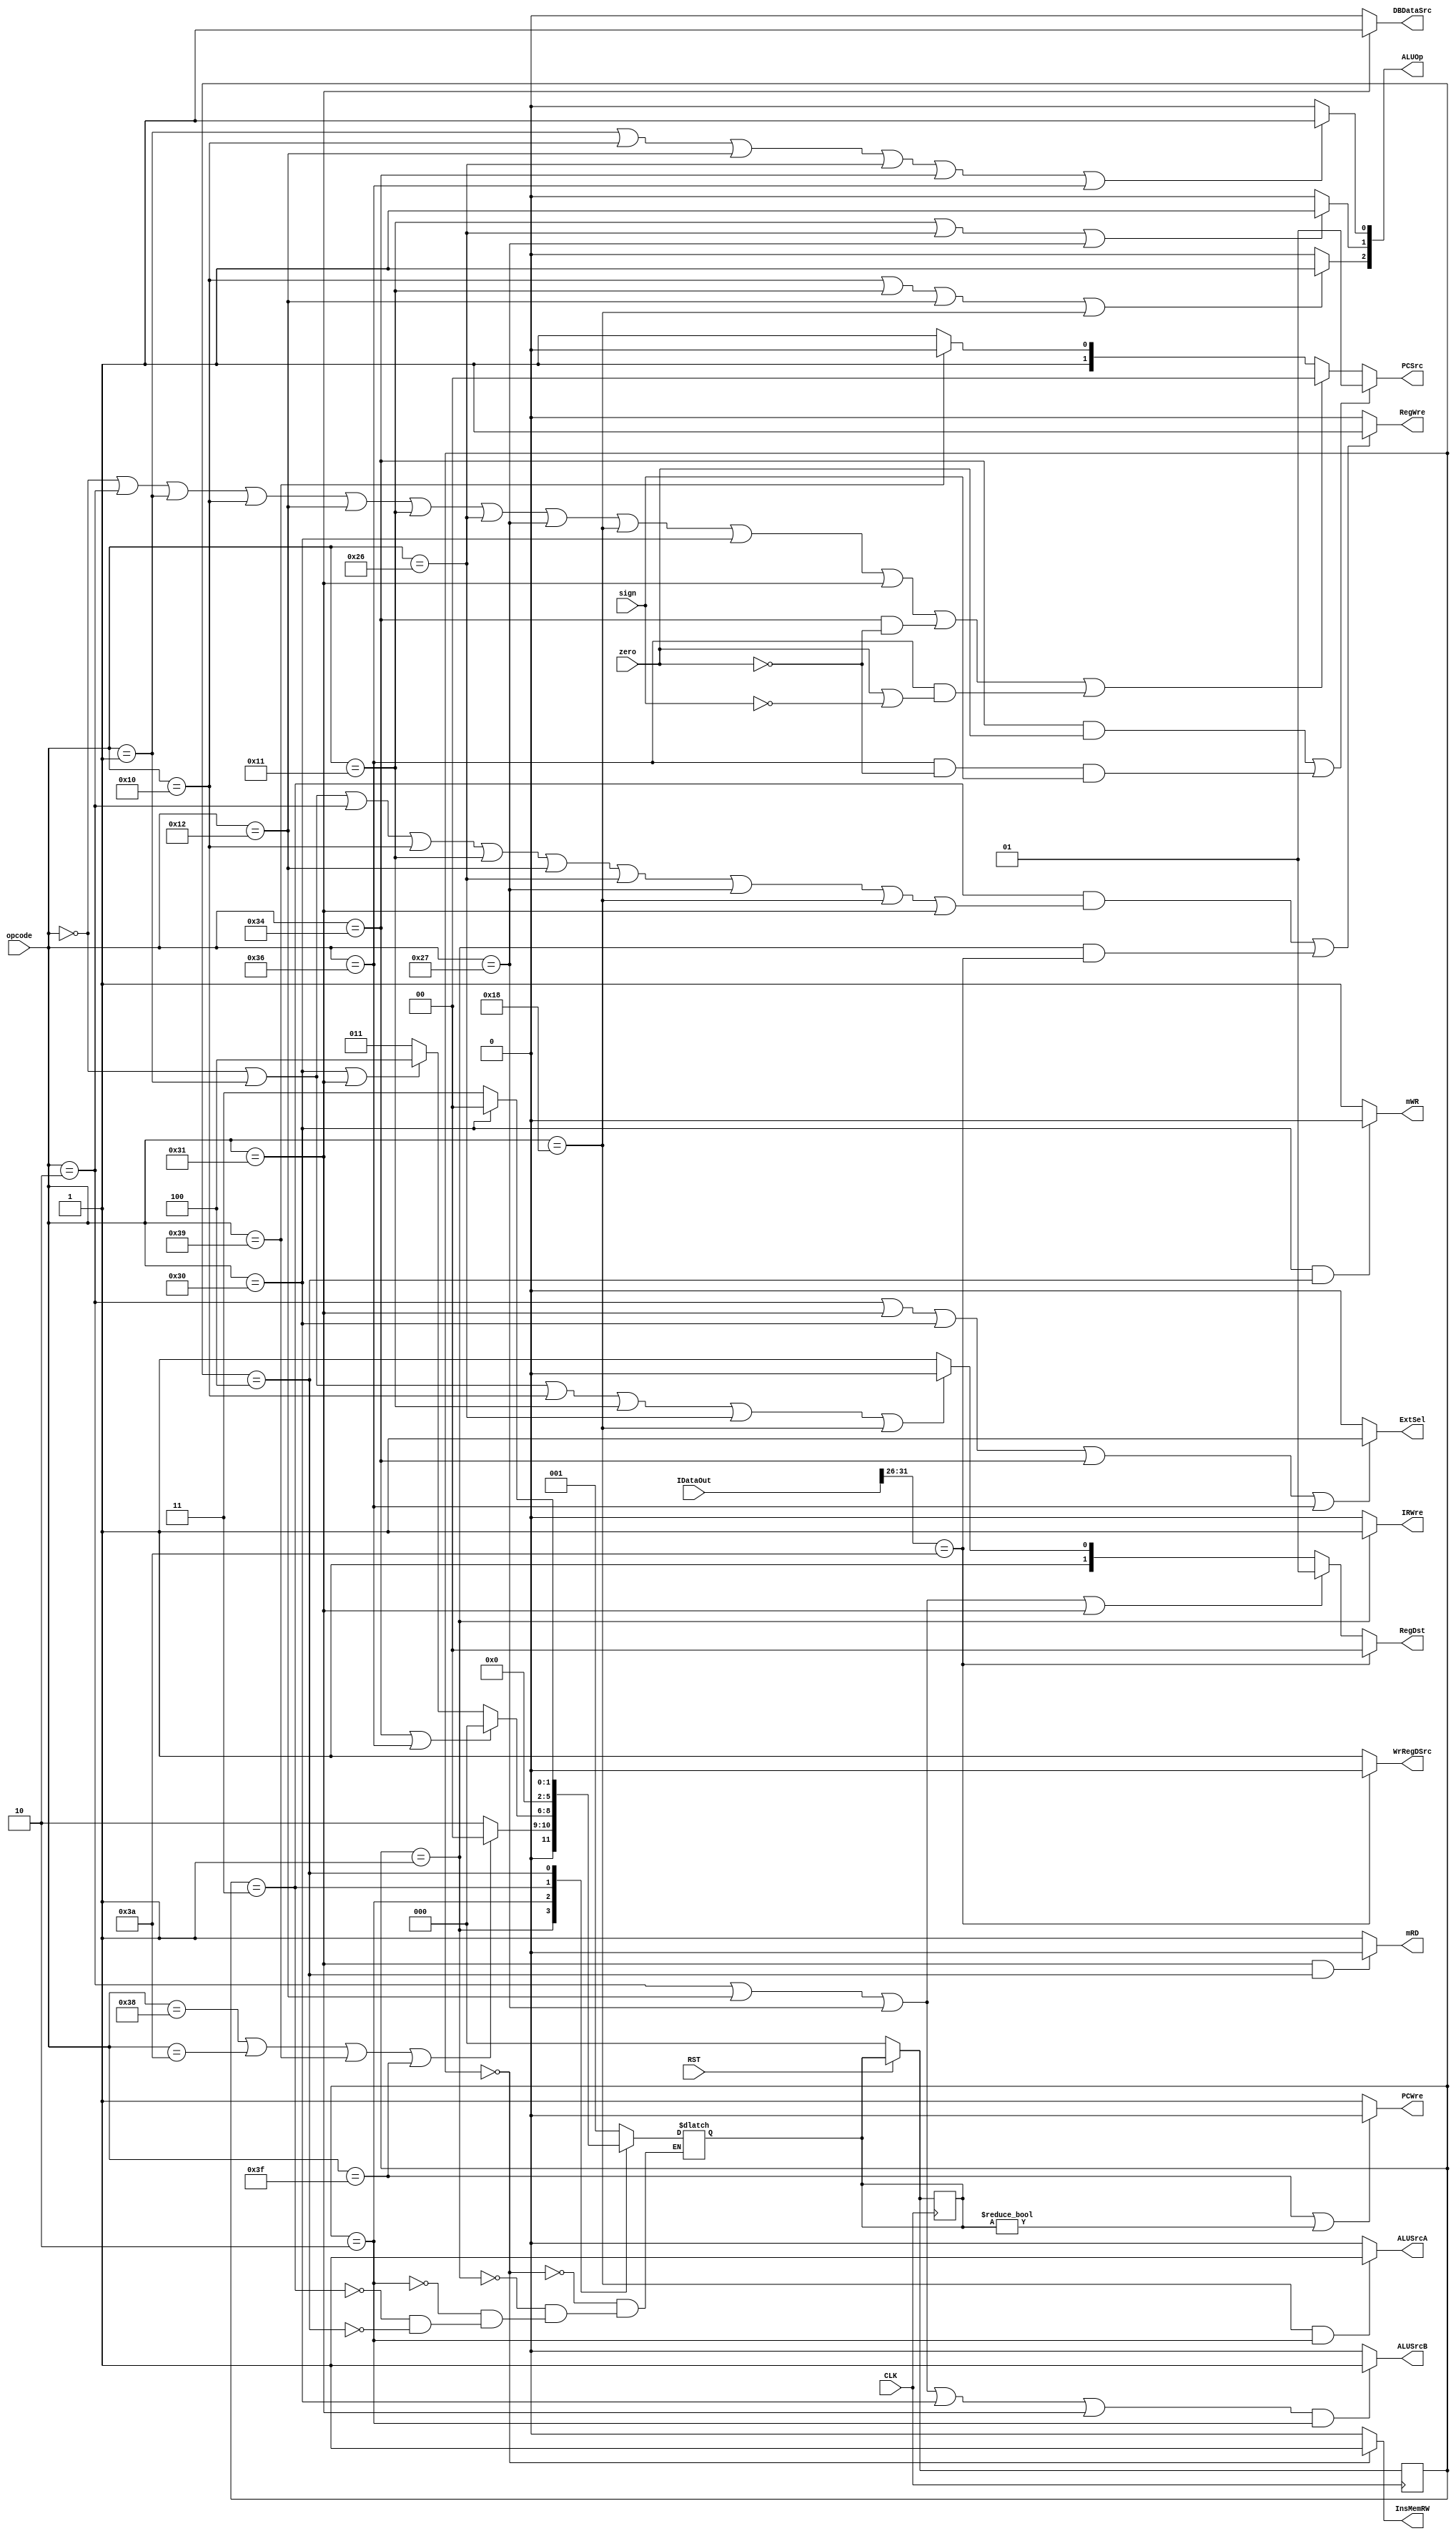
`timescale 1ns / 1ps
//////////////////////////////////////////////////////////////////////////////////
// Company: 
// Engineer: 
// 
// Design Name: 
// Module Name: controlUnit
// Project Name: 
// Target Devices: 
// Tool Versions: 
// Description: 
// 
// Dependencies: 
// 
// Revision:
// Revision 0.01 - File Created
// Additional Comments:
// 
//////////////////////////////////////////////////////////////////////////////////


module controlUnit(
    input CLK,
    input RST,
    input sign,
    input[5:0] opcode,
    input zero,
    input[31:0] IDataOut,
    
    output DBDataSrc,
    output mWR,
    output mRD,
    output ALUSrcB,
    output ALUSrcA,
    output[1:0] PCSrc,
    output[2:0] ALUOp,
    output RegWre,
    output[1:0] RegDst,
    output InsMemRW,
    output PCWre,
    output ExtSel,
    output IRWre,
    output WrRegDSrc
    );
    
   /*
    //ALUSrcA
    if(opcode == 6'b000000 || opcode == 6'b000010 || opcode == 6'b000001 || opcode == 6'b010010 || opcode == 6'b010001 || opcode == 6'b010000 || opcode == 6'b110000 || opcode == 6'b110001 || opcode == 6'b011011 || opcode == 6'b100110 || opcode == 6'b100111)
    begin
        assign ALUSrcA = 0;
    end
    else if(opcode == 6'b011000)
    begin
        assign ALUSrcA = 1;
    end
    
    //ALUSrcB
    if(opcode == 6'b000000 || opcode == 6'b000010 || opcode == 6'b010010 || opcode == 6'b010001 || opcode == 6'b011000 || opcode == 6'b110000 || opcode == 6'b1100011)
    begin
        assign ALUSrcB = 0;
    end
    else if(opcode == 6'b000001 || opcode == 6'b010000 || opcode == 6'b011011 || opcode == 6'b100110 || opcode == 6'b100111)
    begin
        assign ALUSrcB = 1;
    end
    
    //DBDataSrc
    if(opcode == 6'b000000 || opcode == 6'b000001 || opcode == 6'b000010 || opcode == 6'b010000 || opcode == 6'b010010 || opcode == 6'b010001 || opcode == 6'b011011 || opcode == 6'b011000)
    begin
        assign DBDataSrc = 0;
    end
    else if(opcode == 6'b100111)
    begin
        assign DBDataSrc = 1;
    end
    
    //RegWre
    if(opcode == 6'b100110 || opcode == 6'b110000 || opcode == 6'b110001 || opcode == 6'b111000 || opcode == 6'b111111)
    begin
        assign RegWre = 0;
    end
    else if(opcode == 6'b000000 || opcode == 6'b000001 || opcode == 6'b000010 || opcode == 6'b010000 || opcode == 6'b010010 || opcode == 6'b011011 || opcode == 6'b011000 || opcode == 6'b100111)
    begin
        assign RegWre = 1;
    end
    
    //RegDst
    if(opcode == 6'b000001 || opcode == 6'b010000 || opcode == 6'b011011 || opcode == 6'b100111)
    begin
        assign RegDst = 0;
    end
    else if(opcode == 6'b000000 || opcode == 6'b000010 || opcode == 6'b010001 || opcode == 6'b010010 || opcode == 6'b011000)
    begin
        assign RegDst = 1;
    end
    
    //ExtSel
    if(opcode == 6'b010000)
    begin
        assign ExtSel = 0;
    end
    else if(opcode == 6'b000001 || opcode == 6'b011011 || opcode == 6'b100110 || opcode == 6'b100111 || opcode == 6'b110000 || opcode == 6'b110001)
    begin
        assign ExtSel = 1;
    end
*/    
    reg [2:0] D,Q;
    always@(posedge CLK) begin
        if(RST == 0) begin
            D = 3'b000;
            Q = 3'b000;
            
        end
        else begin
            D = Q;
        end
    end
    
    always@(D or opcode) begin
        case(D)
            3'b000:begin
                Q = 3'b001;
            end
            3'b001:begin
                Q = (opcode == 6'b111000||opcode == 6'b111010||opcode == 6'b111001||opcode == 6'b111111)?3'b000:3'b010;
            end
            3'b010:begin
                Q = (opcode == 6'b110100||opcode == 6'b110110)?3'b000:(opcode == 6'b110000||opcode == 6'b110001)?3'b100:3'b011;
            end
            3'b011:begin
                Q = 3'b000;
            end
            3'b100:begin
                Q = (opcode == 6'b110000)?3'b000:3'b011;
            end
        endcase
    end
    
    
    assign PCWre = (opcode == 6'b111111||Q != 3'b000)?0:1;//get
    
    assign ALUSrcA = (opcode == 6'b011000&&D == 3'b010)?1:0;
    assign ALUSrcB = ((opcode == 6'b000010 || opcode == 6'b010010 || opcode == 6'b100111 || opcode == 6'b110000 || opcode == 6'b110001)&&D==3'b010)?1:0;
    
    assign DBDataSrc = (opcode == 6'b110001)?1:0;
    
    assign RegWre = (((D == 3'b011)&&(opcode == 6'b000000 || opcode == 6'b000001 || opcode == 6'b000010 || opcode == 6'b010000 || opcode == 6'b010001 ||opcode == 6'b010010 ||opcode == 6'b100110 || opcode == 6'b100111 || opcode == 6'b011000 || opcode == 6'b110001)) || ((D==3'b001)&&(IDataOut[31:26] == 6'b111010)))?1:0;
    
    assign WrRegDSrc = (IDataOut[31:26] == 6'b111010) ? 0 : 1;
    assign InsMemRW = (D == 3'b000) ? 1 : 0;
    
    assign mWR = (opcode == 6'b110000 && D == 3'b100)?0:1;
    assign mRD = (opcode == 6'b110001 && D == 3'b100)?0:1;
    assign IRWre = (D == 3'b001) ? 1 : 0;
    assign ALUOp[2] = (opcode == 6'b010000 || opcode == 6'b010001 || opcode == 6'b010010 || opcode == 6'b011000)? 1 : 0;
    assign ALUOp[1] = (opcode == 6'b010001||opcode == 6'b100110||opcode == 6'b100111) ? 1 : 0;
    assign ALUOp[0] = (opcode == 6'b000001||opcode == 6'b010000||opcode == 6'b010010||opcode == 6'b100110||opcode ==6'b110100||opcode == 6'b110110) ? 1 : 0;
    assign ExtSel = (opcode == 6'b000010 || opcode == 6'b110001 || opcode == 6'b110000 || opcode == 6'b110100 || opcode == 6'b110110)?1:0;
    
    assign RegDst = (IDataOut[31:26] == 6'b111010)?2'b00:((opcode == 6'b000010||opcode == 6'b010010||opcode == 6'b100111||opcode == 6'b110001)?2'b01:((opcode == 6'b000000||opcode == 6'b000001||opcode == 6'b010000||opcode == 6'b010001||opcode == 6'b100110||opcode == 6'b011000)?2'b10:2'b11));
    
    assign PCSrc = ((opcode == 6'b110100 && zero == 1)||(opcode == 6'b110110 && zero == 0 && sign == 1))?2'b01:((opcode == 6'b000000 || opcode == 6'b000010 || opcode == 6'b000001 || opcode == 6'b010000 || opcode == 6'b010010 || opcode == 6'b010001 || opcode == 6'b100110 || opcode == 6'b100111 || opcode == 6'b011000 || opcode == 6'b110000 || opcode == 6'b110001 || (opcode == 6'b110100&&zero == 0) || (opcode == 6'b110110&&(zero == 1 || sign == 0)))?2'b00:((opcode == 6'b111001)?2'b10:2'b11));
    /*
    if(opcode == 6'b000000 || opcode == 6'b000001 || opcode == 6'b000010 || opcode == 6'b010010 || opcode == 6'b010000 || opcode == 6'b010001 || opcode == 6'b011011 || opcode == 6'b011000 || opcode == 6'b100110 || opcode == 6'b100111 || (opcode == 6'b110000&&zero == 0) || (opcode == 6'b110001&&zero == 1))
    begin
        assign PCSrc = 2'b00;
    end
    else if((opcode == 6'b11000 && zero == 1)||(opcode == 6'b110001 && zero == 0))
    begin
        assign PCSrc = 2'b01;
    end
    else if(opcode == 6'b111000)
    begin
        assign PCSrc = 2'b10;
    end
   */ 
   /*
    always@(opcode)
    begin
        case(opcode)
            //add
            6'b000000:ALUOp = 3'b000;
            
            //sub
            6'b000001:ALUOp = 3'b001;
            
            //addi
            6'b000010:ALUOp = 3'b000;
            
            //or
            6'b010000:ALUOp = 3'b101;
            
            //and
            6'b010001:ALUOp = 3'b110;
            
            //ori
            6'b010010:ALUOp = 3'b101;
            
            //sll
            6'b011000:ALUOp = 3'b100;
            
            //slt
            6'b100110:ALUOp = 3'b011;
            
            //sltiu
            6'b100111:ALUOp = 3'b010;
            
            //sw
            6'b110000:ALUOp = 3'b000;
            
            //lw
            6'b110001:ALUOp = 3'b000;
            
            //beq
            6'b110100:ALUOp = 3'b001;
            
            //bltz
            6'b110110:ALUOp = 3'b001;
            
            //j
            6'b111000:
            begin 
            end
            
            //jr
            6'b111001:
            begin 
            end
            //jal
            6'b111010:
            begin 
            end
            //halt
            6'b111111:begin end
            default : begin end
        endcase
    end
    */
endmodule